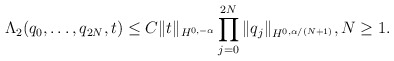
\begin{align*}\Lambda _ 2 ( q _0, \dots, q_ { 2N} , t ) \leq C\| t \|_{ H ^ { 0, -\alpha} } \prod _ { j = 0 } ^ { 2N} \| q _ j \| _ { H ^ { 0, \alpha / ( N +1) }}, N \geq 1.\end{align*}